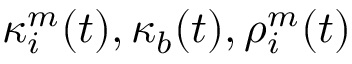
\kappa _ { i } ^ { m } ( t ) , \kappa _ { b } ( t ) , \rho _ { i } ^ { m } ( t )